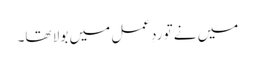
میں نے تو ردِعمل میں بولا تھا۔